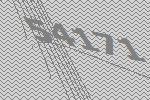
54171